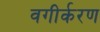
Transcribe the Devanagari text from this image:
वगीर्करण